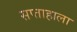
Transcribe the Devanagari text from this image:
सप्‍ताहाला